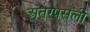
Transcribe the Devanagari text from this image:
अंतरपसली